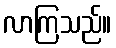
လာကြသည်။